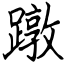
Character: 蹾